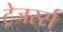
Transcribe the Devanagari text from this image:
ट्रेजरर्स